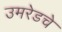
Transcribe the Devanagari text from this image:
उमरेडचे